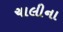
ચાલીના